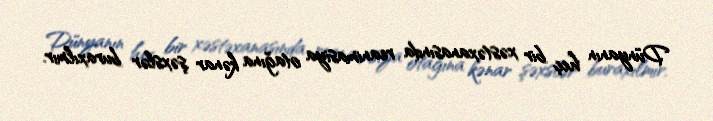
Dünyanın heç bir xəstəxanasında reanimasiya otağına kənar şəxslər buraxılmır.